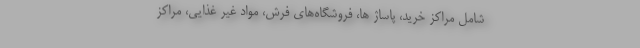
شامل مراکز خرید، پاساژ ها، فروشگاه‌های فرش، مواد غیر غذایی، مراکز